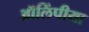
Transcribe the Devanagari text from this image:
ऑलिंपीया